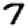
Digit: 7